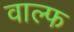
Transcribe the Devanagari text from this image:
वाल्फ